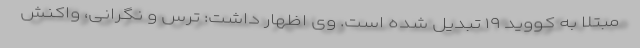
مبتلا به کووید ۱۹ تبدیل شده است. وی اظهار داشت: ترس و نگرانی، واکنش